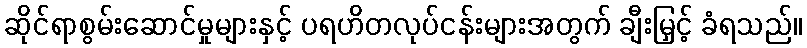
ဆိုင်ရာစွမ်းဆောင်မှုများနှင့် ပရဟိတလုပ်ငန်းများအတွက် ချီးမြှင့် ခံရသည်။